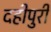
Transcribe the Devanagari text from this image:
दहीपुरी